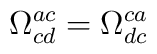
\Omega _{cd}^{ac}=\Omega _{dc}^{ca}